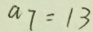
a _ { 7 } = 1 3